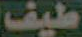
طيف